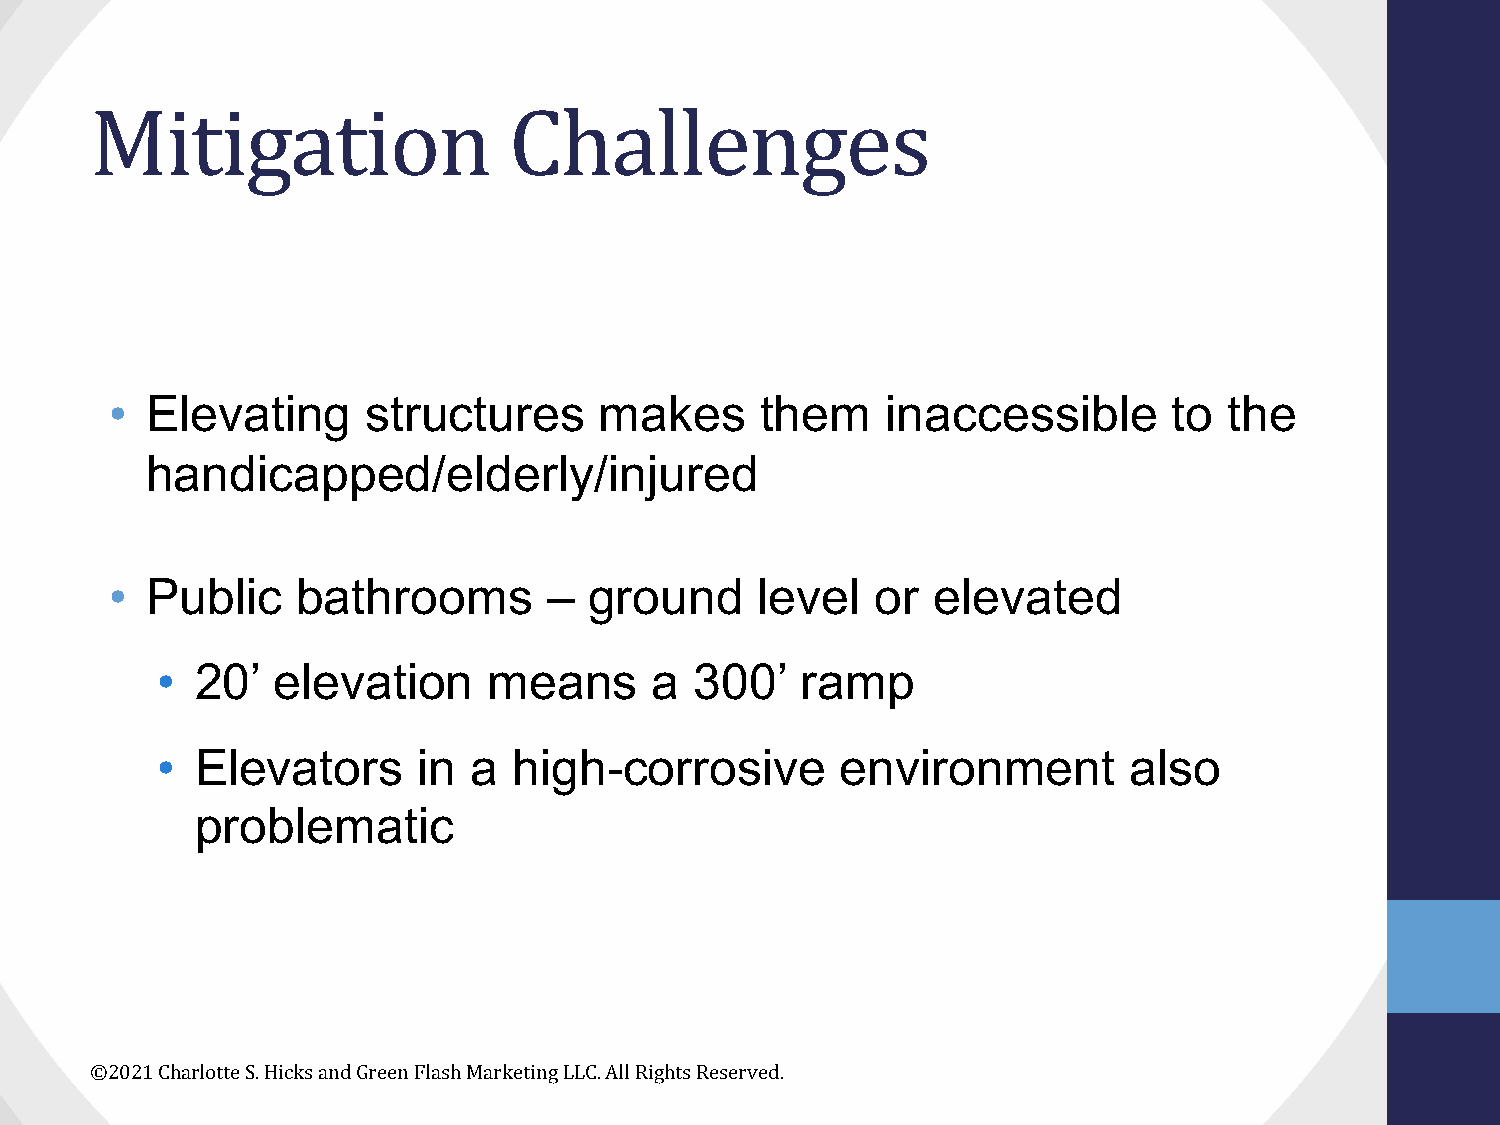
Mitigation                  Challenges
 •  Elevating     structures      makes     them     inaccessible       to the
 handicapped/elderly/injured
 •  Public    bathrooms       –  ground     level   or  elevated
 •  20’  elevation     means      a  300’   ramp
 •  Elevators      in a  high-corrosive        environment        also
 problematic
 ©2021 Charlotte S. Hicks and Green Flash Marketing LLC. All Rights Reserved.